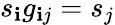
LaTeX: s_{\mathbf{i}}g_{\mathbf{i}j}=s_{j}